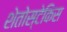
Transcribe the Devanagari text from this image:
शेतोस्टेकिस